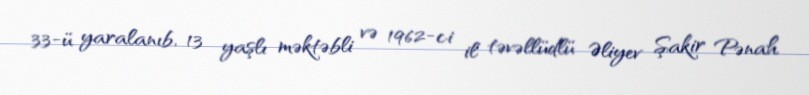
33-ü yaralanıb, 13 yaşlı məktəbli və 1962-ci il təvəllüdlü Əliyev Şakir Pənah